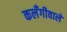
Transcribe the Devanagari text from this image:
कलँगीवाले